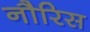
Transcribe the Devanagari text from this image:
नौरिस